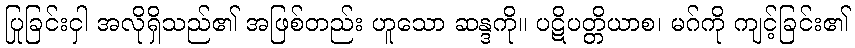
ပြုခြင်းငှါ အလိုရှိသည်၏ အဖြစ်တည်း ဟူသော ဆန္ဒကို။ ပဋိပတ္တိယာစ၊ မဂ်ကို ကျင့်ခြင်း၏